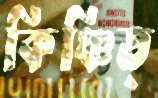
কিঞ্চিত্